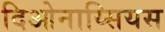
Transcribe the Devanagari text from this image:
दिओनाय्सियस